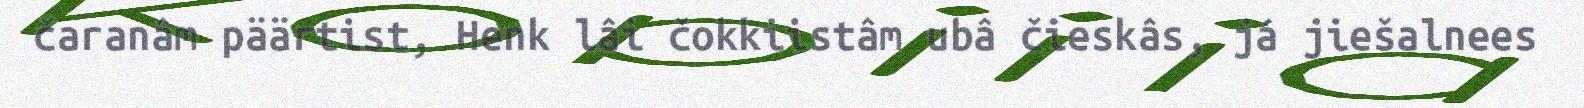
čaranâm päärtist, Henk lâi čokkiistâm ubâ čieskâs, já jiešalnees